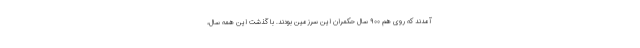
آمدند که روی هم ۹۰۰ سال حکمران این سرزمین بودند. با گذشت این همه سال،